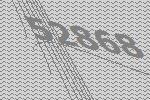
52868